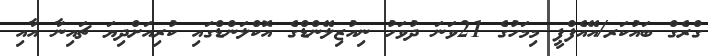
ގްރެގް ބައުކަރ/އޭއެފްޕީ މިމަހުގެ 21ވަނަ ދުވަހު ނިއުޒިލޭންޑްގެ އޮކްލަންޑްގައި ކުރިއަށްދިޔަ ޗައިނާ އާއި